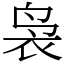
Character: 袅